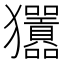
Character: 𤣣